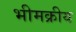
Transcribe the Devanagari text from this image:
भीमक्रीय